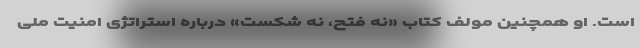
است. او همچنین مولف کتاب «نه فتح، نه شکست» درباره استراتژی امنیت ملی